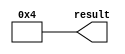
// megafunction wizard: %LPM_CONSTANT%
// GENERATION: STANDARD
// VERSION: WM1.0
// MODULE: LPM_CONSTANT 

// ============================================================
// Megafunction Name(s):
// 			LPM_CONSTANT
//
// Simulation Library Files(s):
// 			
// ============================================================
// ************************************************************
// THIS IS A WIZARD-GENERATED FILE. DO NOT EDIT THIS FILE!
//
// 13.0.1 Build 232 06/12/2013 SP 1 SJ Web Edition
// ************************************************************


//Copyright (C) 1991-2013 Altera Corporation
//Your use of Altera Corporation's design tools, logic functions 
//and other software and tools, and its AMPP partner logic 
//functions, and any output files from any of the foregoing 
//(including device programming or simulation files), and any 
//associated documentation or information are expressly subject 
//to the terms and conditions of the Altera Program License 
//Subscription Agreement, Altera MegaCore Function License 
//Agreement, or other applicable license agreement, including, 
//without limitation, that your use is for the sole purpose of 
//programming logic devices manufactured by Altera and sold by 
//Altera or its authorized distributors.  Please refer to the 
//applicable agreement for further details.


//lpm_constant CBX_AUTO_BLACKBOX="ALL" ENABLE_RUNTIME_MOD="NO" LPM_CVALUE=00000004 LPM_WIDTH=32 result
//VERSION_BEGIN 13.0 cbx_lpm_constant 2013:06:12:18:03:33:SJ cbx_mgl 2013:06:12:18:33:59:SJ  VERSION_END
// synthesis VERILOG_INPUT_VERSION VERILOG_2001
// altera message_off 10463


//synthesis_resources = 
//synopsys translate_off
`timescale 1 ps / 1 ps
//synopsys translate_on
module  lpm_constant4_lpm_constant_v09
	( 
	result) ;
	output   [31:0]  result;


	assign
		result = 32'b00000000000000000000000000000100;
endmodule //lpm_constant4_lpm_constant_v09
//VALID FILE


// synopsys translate_off
`timescale 1 ps / 1 ps
// synopsys translate_on
module lpm_constant4 (
	result);

	output	[31:0]  result;

	wire [31:0] sub_wire0;
	wire [31:0] result = sub_wire0[31:0];

	lpm_constant4_lpm_constant_v09	lpm_constant4_lpm_constant_v09_component (
				.result (sub_wire0));

endmodule

// ============================================================
// CNX file retrieval info
// ============================================================
// Retrieval info: PRIVATE: INTENDED_DEVICE_FAMILY STRING "Cyclone II"
// Retrieval info: PRIVATE: JTAG_ENABLED NUMERIC "0"
// Retrieval info: PRIVATE: JTAG_ID STRING "NONE"
// Retrieval info: PRIVATE: Radix NUMERIC "10"
// Retrieval info: PRIVATE: SYNTH_WRAPPER_GEN_POSTFIX STRING "1"
// Retrieval info: PRIVATE: Value NUMERIC "4"
// Retrieval info: PRIVATE: nBit NUMERIC "32"
// Retrieval info: PRIVATE: new_diagram STRING "1"
// Retrieval info: LIBRARY: lpm lpm.lpm_components.all
// Retrieval info: CONSTANT: LPM_CVALUE NUMERIC "4"
// Retrieval info: CONSTANT: LPM_HINT STRING "ENABLE_RUNTIME_MOD=NO"
// Retrieval info: CONSTANT: LPM_TYPE STRING "LPM_CONSTANT"
// Retrieval info: CONSTANT: LPM_WIDTH NUMERIC "32"
// Retrieval info: USED_PORT: result 0 0 32 0 OUTPUT NODEFVAL "result[31..0]"
// Retrieval info: CONNECT: result 0 0 32 0 @result 0 0 32 0
// Retrieval info: GEN_FILE: TYPE_NORMAL lpm_constant4.v TRUE
// Retrieval info: GEN_FILE: TYPE_NORMAL lpm_constant4.inc FALSE
// Retrieval info: GEN_FILE: TYPE_NORMAL lpm_constant4.cmp FALSE
// Retrieval info: GEN_FILE: TYPE_NORMAL lpm_constant4.bsf TRUE FALSE
// Retrieval info: GEN_FILE: TYPE_NORMAL lpm_constant4_inst.v FALSE
// Retrieval info: GEN_FILE: TYPE_NORMAL lpm_constant4_bb.v TRUE
// Retrieval info: GEN_FILE: TYPE_NORMAL lpm_constant4_syn.v TRUE